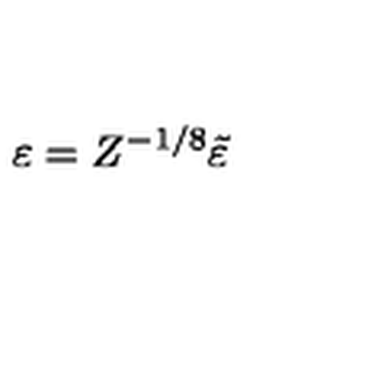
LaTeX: \varepsilon = Z ^ { - 1 / 8 } \tilde { \varepsilon }